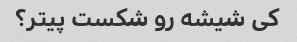
کی شیشه رو شکست پیتر؟